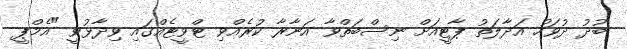
ބުދު ދުވަހު އަދާލަތު ޕާޓީއަށް ނިސްބަތްވާ އަނާރާ ކުރެއްވި ޓްވީޓެއްގައި ވިދާޅުވީ "އެމްޕީ